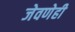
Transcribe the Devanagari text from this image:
जेवणेही